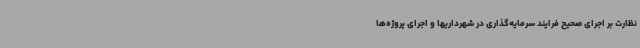
نظارت بر اجرای صحیح فرایند سرمایه‌گذاری در شهرداریها و اجرای پروژه‌ها